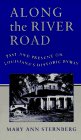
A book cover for Along the River Road: Past and Present on Louisiana's Historic Byway; Mary Ann Sternberg; Travel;